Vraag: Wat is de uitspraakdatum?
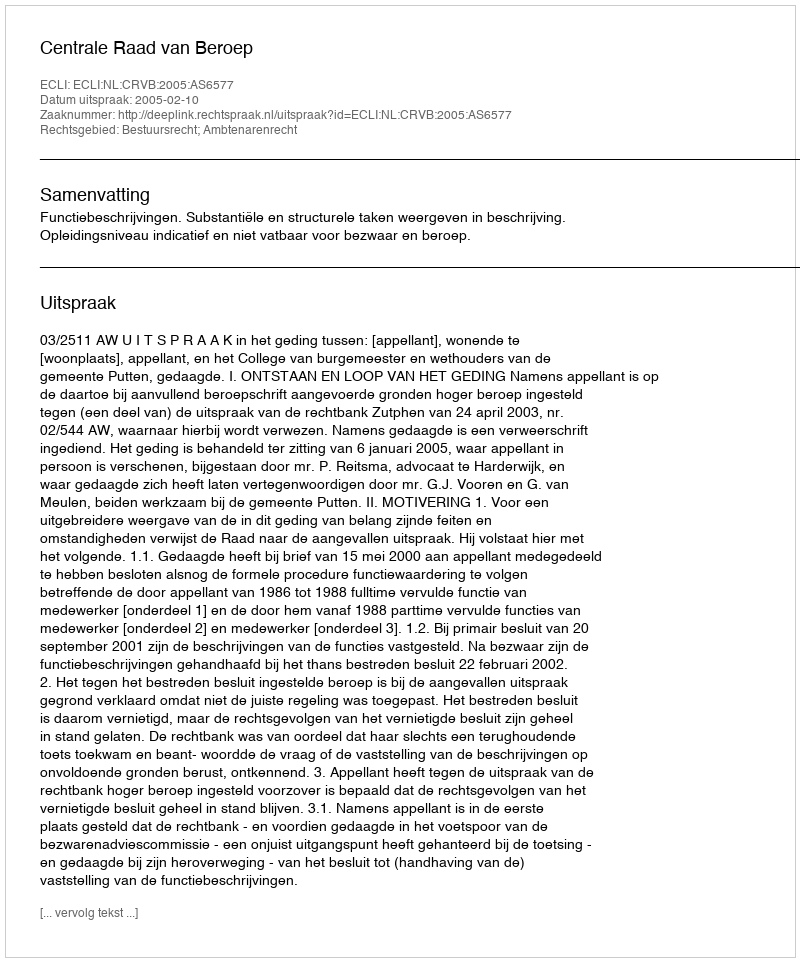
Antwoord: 2005-02-10